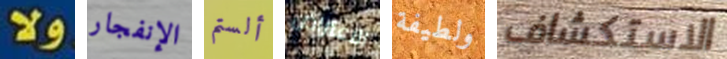
ولا الإنفجار ألستم الاعتراض ولطيفة الاستكشاف